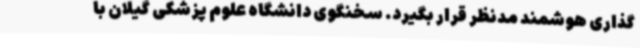
‌گذاری هوشمند مدنظر قرار بگیرد. سخنگوی دانشگاه علوم پزشکی گیلان با